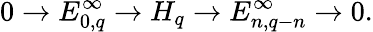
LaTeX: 0\to E_{0,q}^{\infty}\to H_{q}\to E_{n,q-n}^{\infty}\to 0.